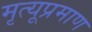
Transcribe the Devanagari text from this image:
मृत्यूप्रमाण